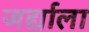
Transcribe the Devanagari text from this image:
जर्द्याला